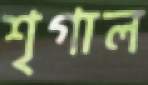
শৃগাল